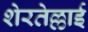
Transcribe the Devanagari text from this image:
शेरतेल्लाई